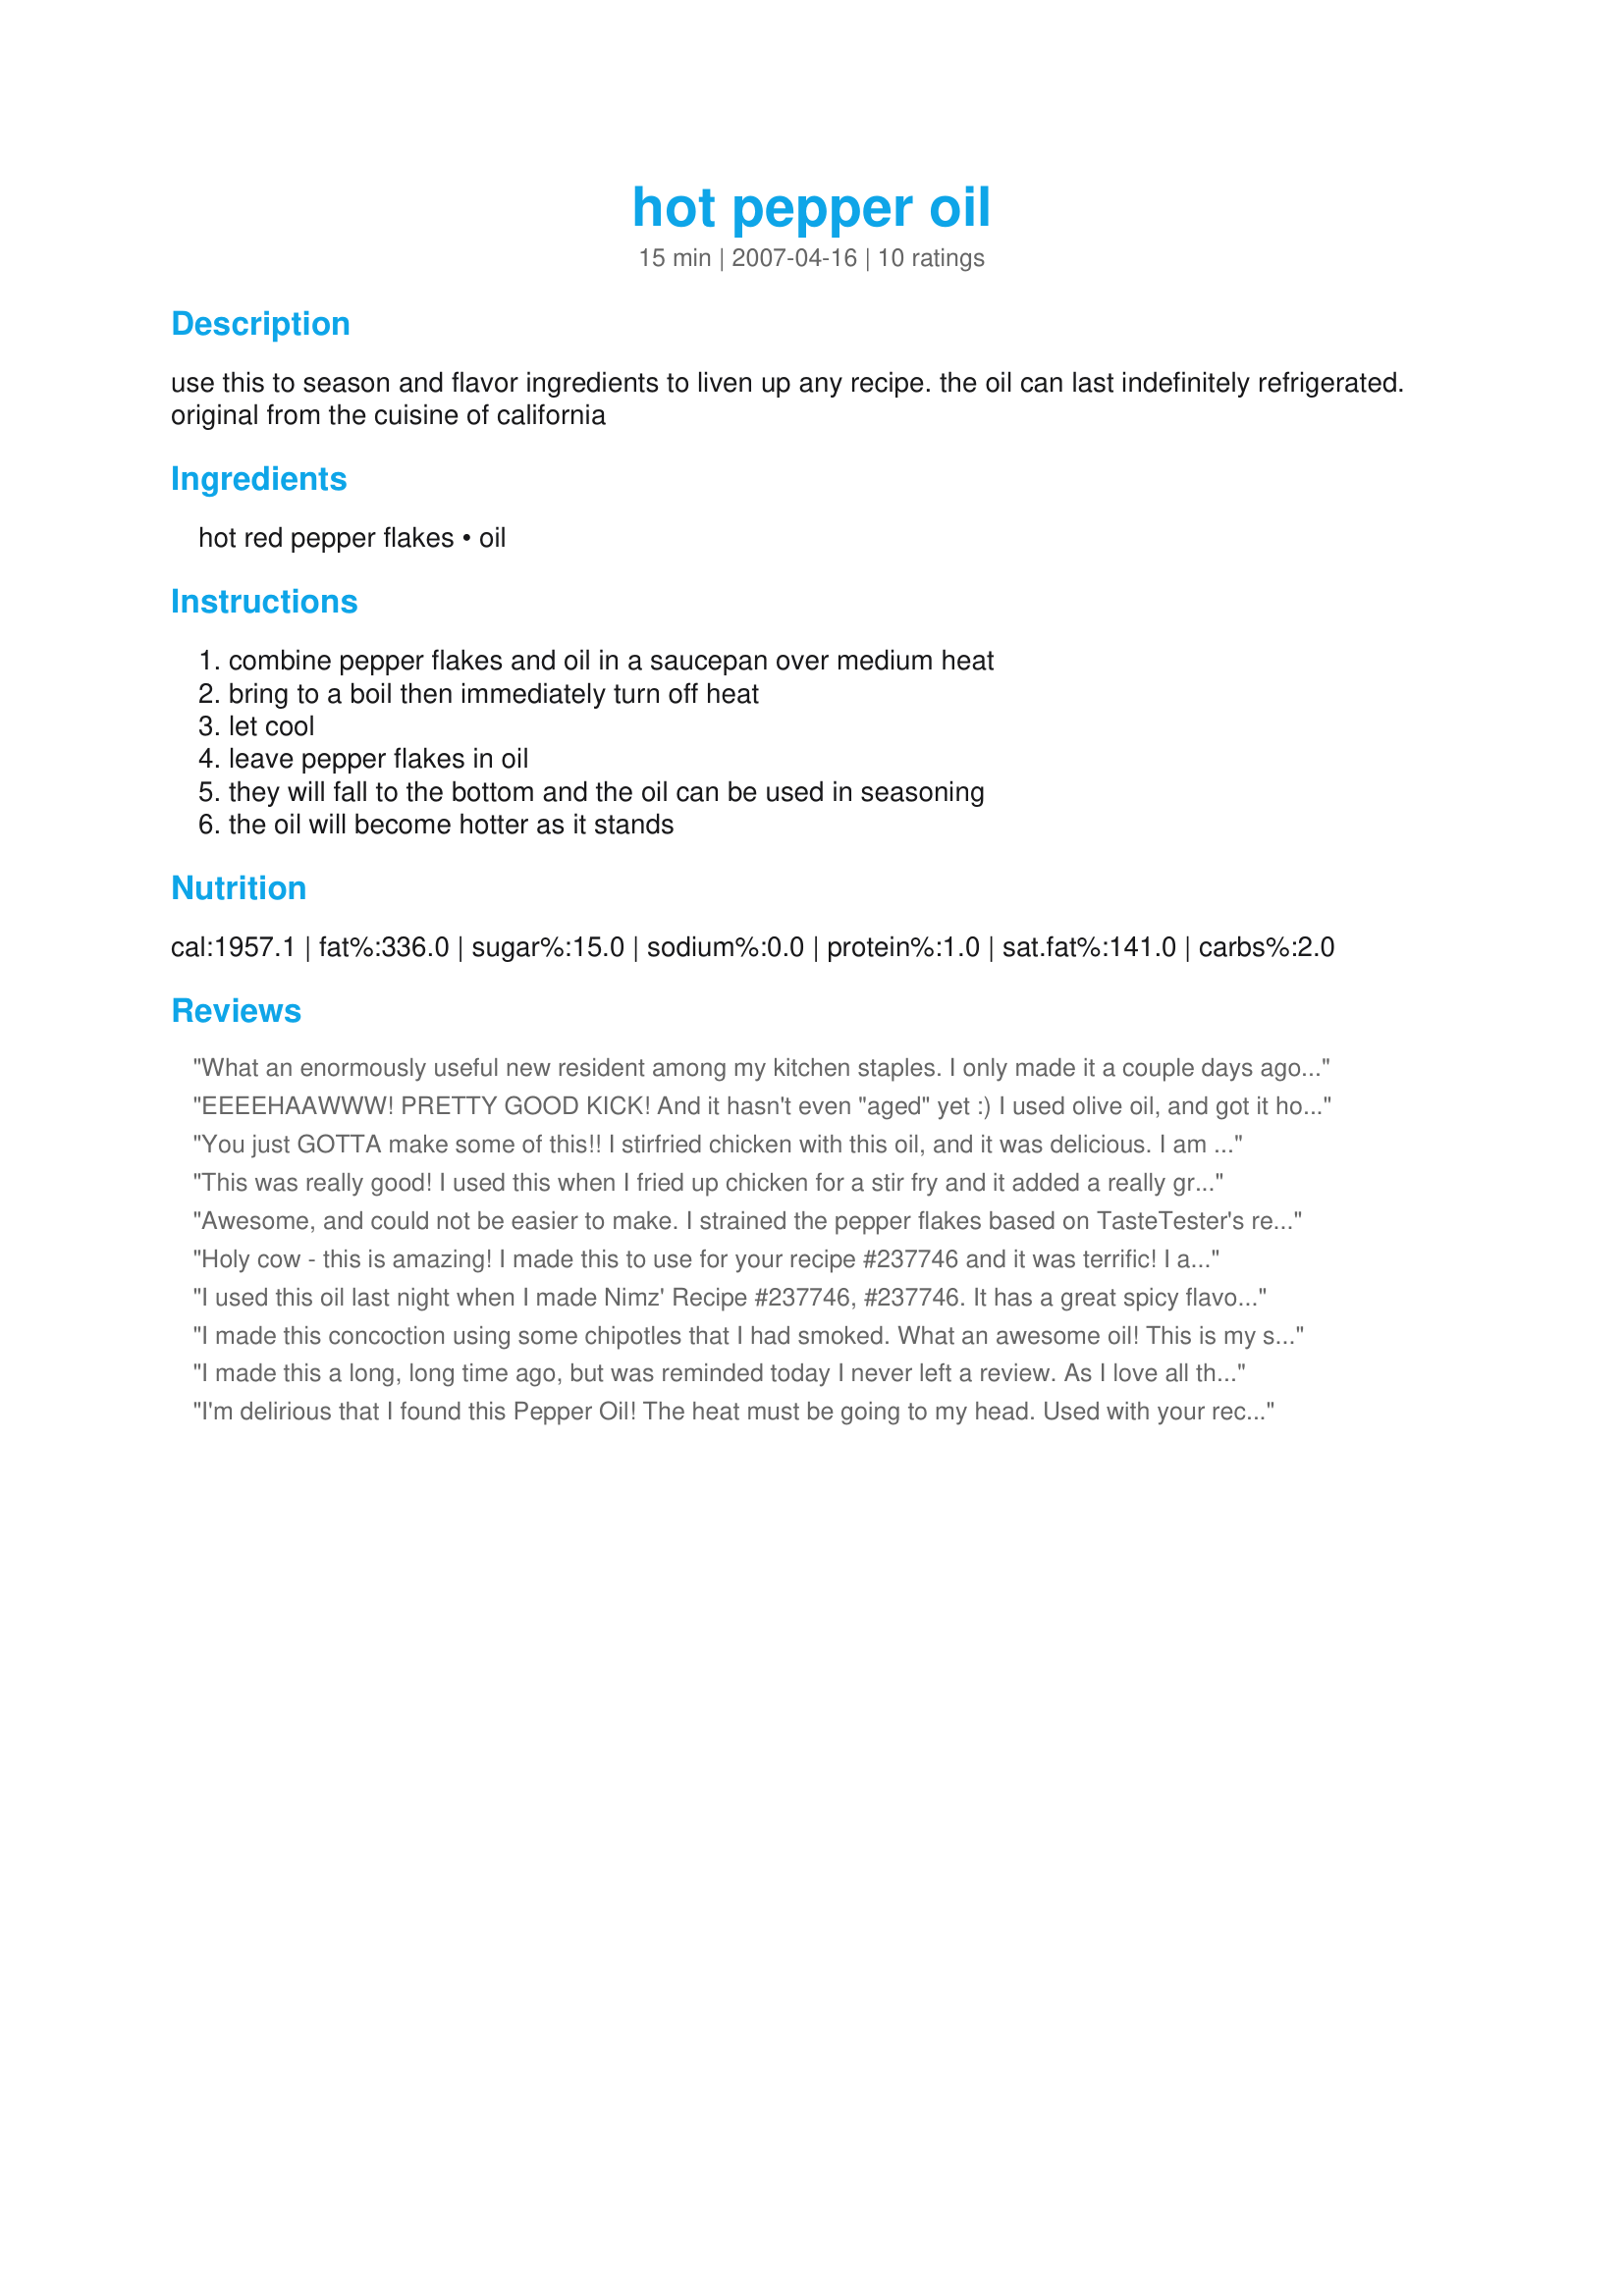
hot pepper oil
Preparation time: 15 minutes

use this to season and flavor ingredients to liven up any recipe. the oil can last indefinitely refrigerated. original from the cuisine of california

Ingredients:
hot red pepper flakes, oil

Steps:
combine pepper flakes and oil in a saucepan over medium heat, bring to a boil then immediately turn off heat, let cool, leave pepper flakes in oil, they will fall to the bottom and the oil can be used in seasoning, the oil will become hotter as it stands

Reviews:
What an enormously useful new resident among my kitchen staples. I only made it a couple days ago and have already used it several ways: to cook scrambled eggs in, in salad dressing, in bread dipping oil. Tonight I may stir-fry with it. Incredibly easy to put together. You know you'd pay a bunch for it if you bought it at a specialty store. By the way, I used light olive oil as the base.
EEEEHAAWWW! PRETTY GOOD KICK! And it hasn't even "aged" yet :) I used olive oil, and got it hot enough to start "browning" the pepper flakes, which gives it a smoky flavor along with the heat. I may add some sesame oil to the olive oil next time for Asian dishes. Plan on using this for stir-frys and in salad dressing where a little heat is called for! (Thanks, Annacia, for fixing up my photo!)
You just GOTTA make some of this!! I stirfried chicken with this oil, and it was delicious. I am going to use this recipe to make for gifts- maybe to give along with dipping dishes, chopsticks, etc. Love it!!!
This was really good! I used this when I fried up chicken for a stir fry and it added a really great taste. And it's really easy to make!
Awesome, and could not be easier to make. I strained the pepper flakes based on TasteTester's review (thanks, TT!); it's pretty spicy on its own, although even spicier would have been good, too! Thanks, Nimz! (BTW...this was made to use in Nimz' recipe#237746 - that recipe is not to be missed, it's delicious!)
Holy cow - this is amazing! I made this to use for your recipe #237746 and it was terrific! I also brushed some on slices of French bread, broiled, then melted some cheddar on top - yum! Pizza dough, chicken, burgers - I can think of so many uses for this - thanks for sharing the recipe!
I used this oil last night when I made Nimz' Recipe #237746, #237746. It has a great spicy flavor -- and gets hotter as it hits the back of your mouth. I strained out the pepper flakes because they kept coming out of the bottle when I poured the oil, and I wanted a clear oil. The oil won't get any hotter because I took out the pepper flakes, but I love it just the way it is anyway! Thanks for another good recipe, Nimz.
I made this concoction using some chipotles that I had smoked. What an awesome oil! This is my standard go to for all of my stir fry oil. Thanks for sharing..
I made this a long, long time ago, but was reminded today I never left a review. As I love all things very spicy, I was drawn to this recipe, and embraced it with open arms. I followed this exactly, and used the oil the next evening to brush lightly on breadsticks, before putting them into the oven. Since then, I brush this on pizza dough, added 1 teaspoon to a fresh tomato salad dressing for a kick, and brushed this onto a non stick skillet, once for salmon and more times then I can count for scrambled eggs. I added an Habanero (chopped and de/seeded, de/veined) once to it, took it out after about 5 hours, and the oil was really zinging then.
Thanks, ~Nimz~ already a staple in our household.
I'm delirious that I found this Pepper Oil! The heat must be going to my head. Used with your recipe #237746, but have plans for another 100 uses.
